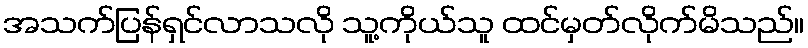
အသက်ပြန်ရှင်လာသလို သူ့ကိုယ်သူ ထင်မှတ်လိုက်မိသည်။